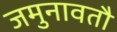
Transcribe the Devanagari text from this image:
जमुनावतौ